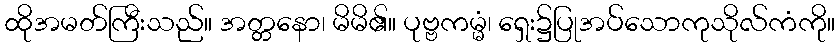
ထိုအမတ်ကြီးသည်။ အတ္တနော၊ မိမိ၏။ ပုဗ္ဗကမ္မံ၊ ရှေး၌ပြုအပ်သောကုသိုလ်ကံကို။